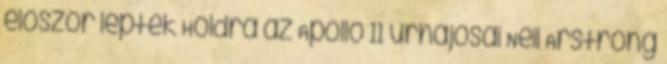
először léptek Holdra az Apollo 11 űrhajósai Neil Arstrong